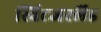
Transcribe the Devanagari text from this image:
स्विटजरर्लैंड